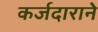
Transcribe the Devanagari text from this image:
कर्जदाराने